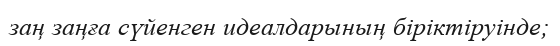
заң заңға сүйенген идеалдарының бiрiктiруiнде;